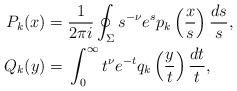
LaTeX: \begin{align*} P_k(x) = {}& \frac{1}{2\pi i} \oint_{\Sigma} s^{-\nu} e^{s} p_k\left(\frac{x}{s}\right) \frac{ds}{s}, \\ Q_k(y) = {}& \int_{0}^{\infty} t^{\nu} e^{-t} q_k\left(\frac{y}{t}\right) \frac{dt}{t}, \end{align*}